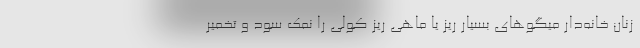
زنان خانه‌دار میگوهای بسیار ریز یا ماهی ریز کولی را نمک سود و تخمیر